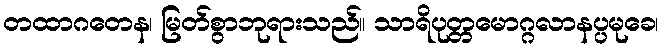
တထာဂတေန၊ မြတ်စွာဘုရားသည်။ သာရိပုတ္တမောဂ္ဂလာနပ္ပမုခေ၊